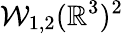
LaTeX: \mathcal{W}_{1,2}(\mathbb{R}^{3})^{2}